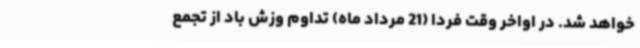
خواهد شد. در اواخر وقت فردا (21 مرداد ماه) تداوم وزش باد از تجمع